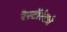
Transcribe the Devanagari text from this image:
रेस्टॉरंटचे